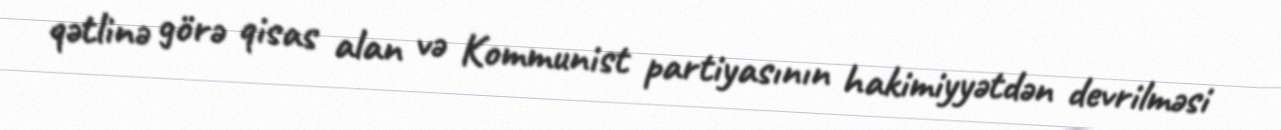
qətlinə görə qisas alan və Kommunist partiyasının hakimiyyətdən devrilməsi